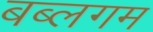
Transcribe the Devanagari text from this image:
बब्लगम